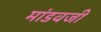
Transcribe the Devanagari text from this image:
मांडवजी